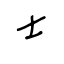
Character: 士